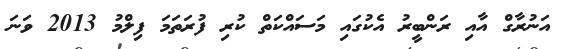
އަނުރާގް އާއި ރަންބީރު އެކުގައި މަސައްކަތް ކުރި ފުރަތަމަ ފިލްމު 2013 ވަނަ